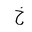
Letter: _kha